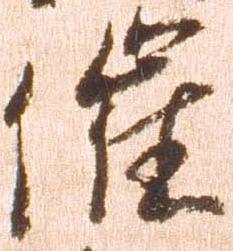
催